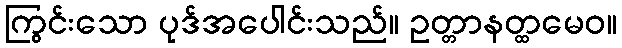
ကြွင်းသော ပုဒ်အပေါင်းသည်။ ဥတ္တာနတ္ထမေဝ။